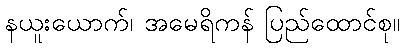
နယူးယောက်၊ အမေရိကန် ပြည်ထောင်စု။